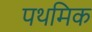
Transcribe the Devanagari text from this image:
पथमिक